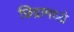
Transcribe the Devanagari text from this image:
छिद्रामध्य्रे